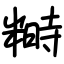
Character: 𥻵